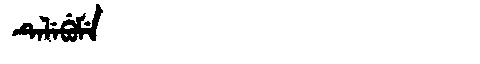
Manchu: ᡨᡝᠯᡝᠪᡠᠮᡝ
Romanization: TELEBUME